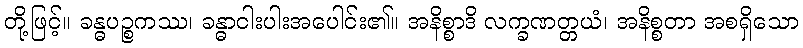
တို့ဖြင့်။ ခန္ဓပဉ္စကဿ၊ ခန္ဓာငါးပါးအပေါင်း၏။ အနိစ္စာဒိ လက္ခဏတ္တယံ၊ အနိစ္စတာ အစရှိသော